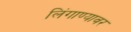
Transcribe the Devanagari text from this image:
लिंगाण्यावर